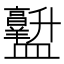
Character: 𱲡